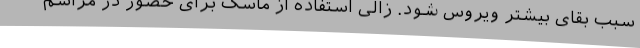
سبب بقای بیشتر ویروس شود. زالی استفاده از ماسک برای حضور در مراسم